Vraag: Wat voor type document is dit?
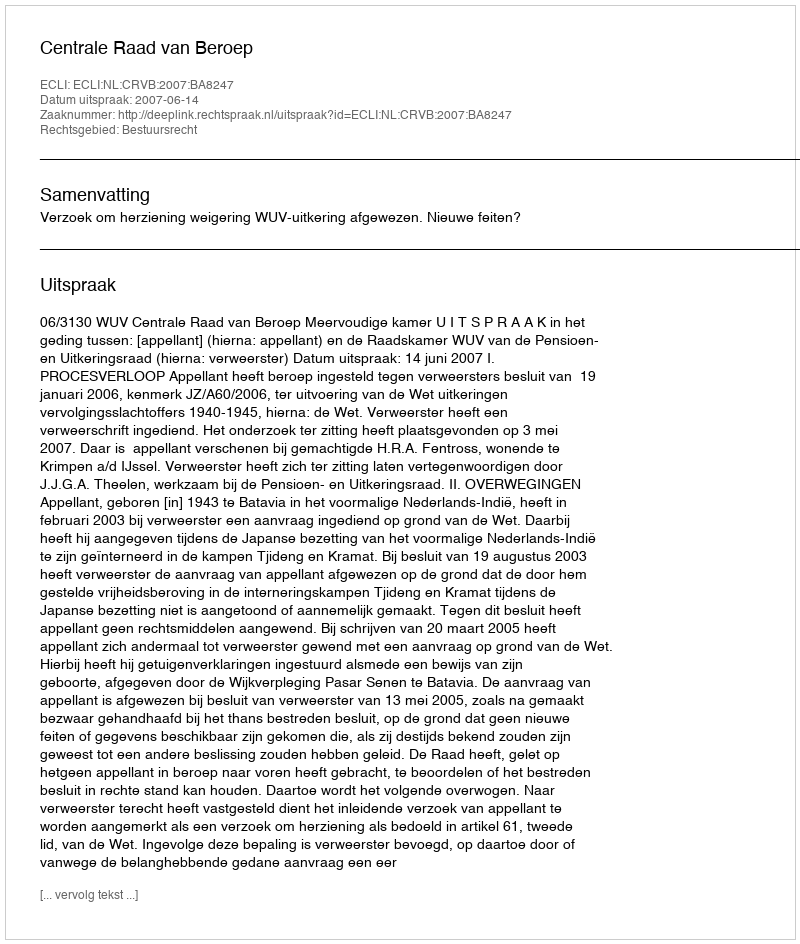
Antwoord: Uitspraak